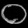
Digit: ၀